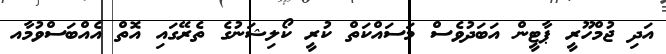
އަދި ޖުމްހޫރީ ޕާޓީން އަބަދުވެސް މަސައްކަތް ކުރީ ކޯލިޝަނުގެ ތެރޭގައި އޮތް އެއްބަސްވުމާއ